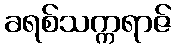
ခရစ်သက္ကရာဇ်